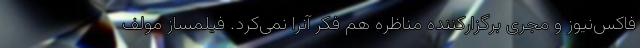
فاکس‌نیوز و مجری برگزارکننده مناظره هم فکر آنرا نمی‌کرد. فیلمساز مولف